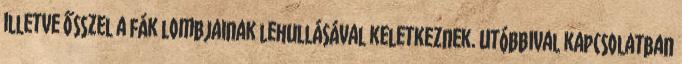
illetve ősszel a fák lombjainak lehullásával keletkeznek. Utóbbival kapcsolatban